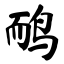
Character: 鸸